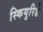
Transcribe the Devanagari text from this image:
स्कियुरिडे